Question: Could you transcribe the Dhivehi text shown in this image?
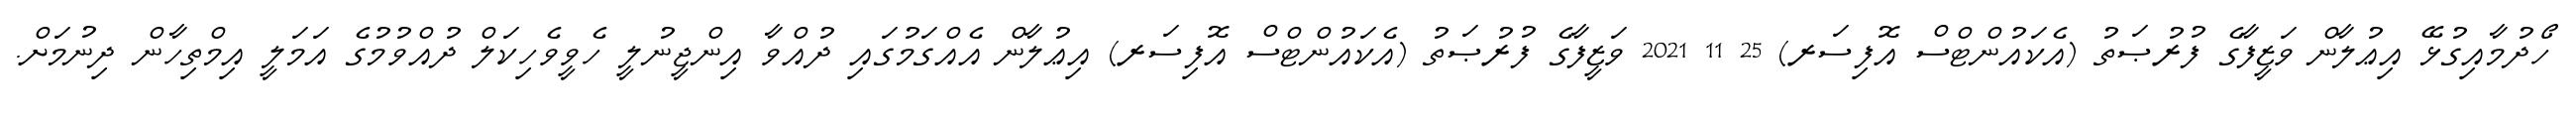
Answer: ހޯދުމާއިގުޅޭ އިޢުލާން ވަޒީފާގެ ފުރުޞަތު (އެކައުންޓްސް އޮފިސަރ) 25 11 2021 ވަޒީފާގެ ފުރުޞަތު (އެކައުންޓްސް އޮފިސަރ) އިޢުލާން އެއްގަމުގައި ދުއްވާ އިންޖީނުލީ ހެވީވެހިކަލް ދުއްވުމުގެ އަމަލީ އިމްތިހާން ދިނުމަށް.